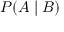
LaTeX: P ( A \mid B )